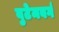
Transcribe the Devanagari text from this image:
वुटेमबर्ग